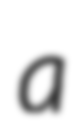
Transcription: a